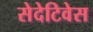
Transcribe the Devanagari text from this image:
सेदेटिवेस